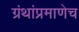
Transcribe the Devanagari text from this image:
ग्रंथांप्रमाणेच